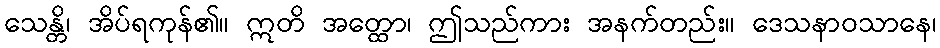
သေန္တိ၊ အိပ်ရကုန်၏။ ဣတိ အတ္ထော၊ ဤသည်ကား အနက်တည်း။ ဒေသနာဝသာနေ၊